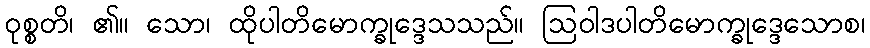
ဝုစ္စတိ၊ ၏။ သော၊ ထိုပါတိမောက္ခုဒ္ဒေသသည်။ ဩဝါဒပါတိမောက္ခုဒ္ဒေသောစ၊